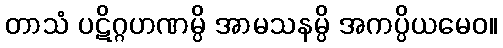
တာသံ ပဋိဂ္ဂဟဏမ္ပိ အာမသနမ္ပိ အကပ္ပိယမေဝ။